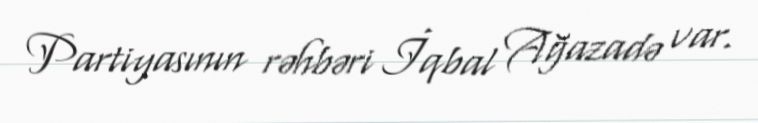
Partiyasının rəhbəri İqbal Ağazadə var.